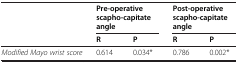
| <ROWSPAN=2>  | <COLSPAN=2> Pre-operative scapho-capitate angle | <COLSPAN=2> Post-operative scapho-capitate angle |
 | R | P | R | P |
 | --- | --- | --- | --- | --- |
 | Modified Mayo wrist score | 0.614 | 0.034* | 0.786 | 0.002* |